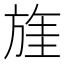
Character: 𱡶